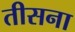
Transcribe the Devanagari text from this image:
तीसना